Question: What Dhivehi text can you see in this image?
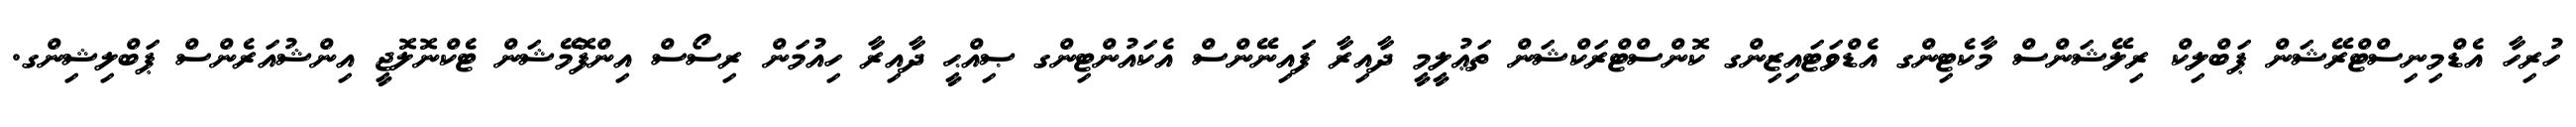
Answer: ހުރިހާ އެޑްމިނިސްޓްރޭޝަން ޕަބްލިކް ރިލޭޝަންސް މާކެޓިންގ އެޑްވަޓައިޒިންގ ކޮންސްޓްރަކްޝަން ތަޢުލީމީ ދާއިރާ ފައިނޭންސް އެކައުންޓިންގ ޞިއްޙީ ދާއިރާ ހިއުމަން ރިސޯސް އިންފޮމޭޝަން ޓެކްނޮލޮޖީ އިންޝުއަރެންސް ޕަބްލިޝިންގ.